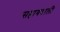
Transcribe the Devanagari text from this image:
सहायवाली